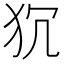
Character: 𭷻